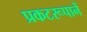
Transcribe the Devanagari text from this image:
प्रकटरूपानें